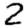
Digit: 2